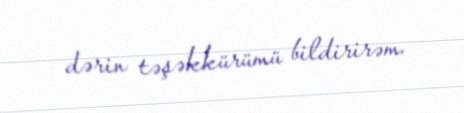
dərin təşəkkürümü bildirirəm.